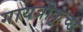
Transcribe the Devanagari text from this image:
गायत्रीकृच्छ